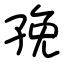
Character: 㝃